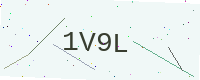
Text: 1V9L